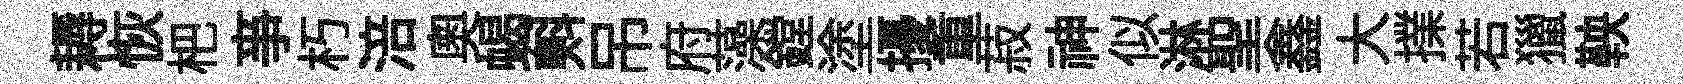
耨恢杷亊朽涪奧蝎㪺吊府藻鏜塗擾重菽神似淋聖鑫大擈若獵鞅